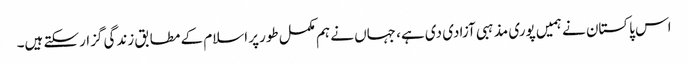
اس پاکستان نے ہمیں پوری مذہبی آزادی دی ہے، جہاں نے ہم مکمل طورپر اسلام کے مطابق زندگی گزارسکتے ہیں۔